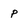
Character: P